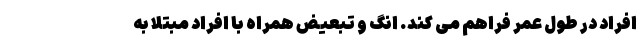
افراد در طول عمر فراهم می کند. انگ و تبعیض همراه با افراد مبتلا به